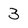
Character: 3